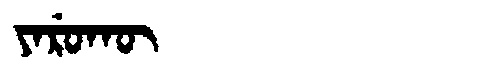
Manchu: ᠶᠠᡵᡠᡴᡡ
Romanization: YARUKŪ